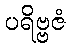
ပရိဗ္ဗဇံ